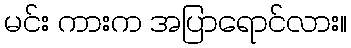
မင်း ကားက အပြာရောင်လား။